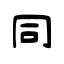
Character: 同